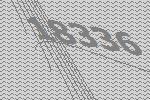
18336